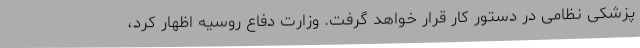
پزشکی نظامی در دستور کار قرار خواهد گرفت. وزارت دفاع روسیه اظهار کرد،